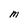
Character: M